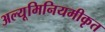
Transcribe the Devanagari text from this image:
अल्यूमिनियमीकृत